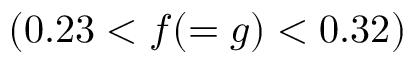
( 0 . 2 3 < f ( = g ) < 0 . 3 2 )